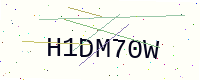
Text: H1DM70W